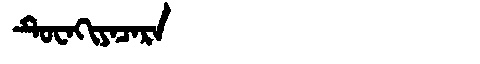
Manchu: ᡨᡠᠸᠠᡴᡳᠶᠠᠴᠠᡵᠠ
Romanization: TUWAKIYACARA